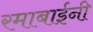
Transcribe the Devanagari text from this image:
रमाबाईनी